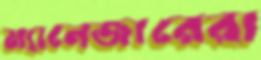
ম্যানেজারেরা